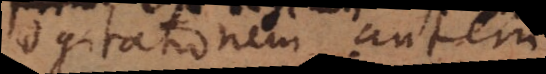
Cogitationem autem